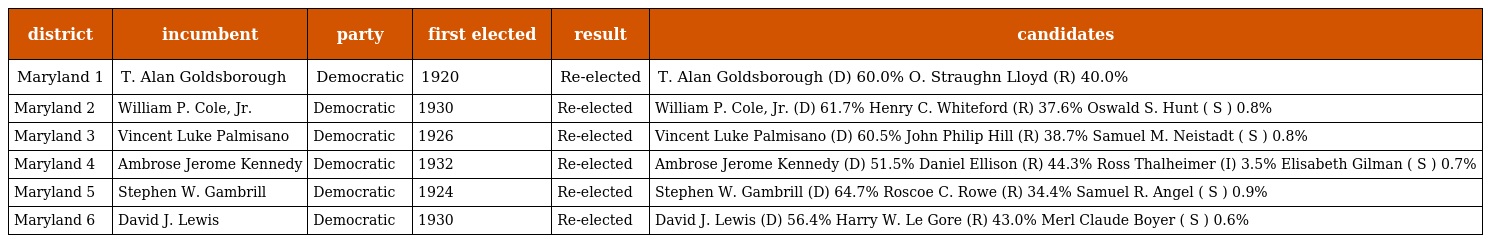
| district | incumbent | party | first elected | result | candidates |
 | --- | --- | --- | --- | --- | --- |
 | Maryland 1 | T. Alan Goldsborough | Democratic | 1920 | Re-elected | T. Alan Goldsborough (D) 60.0% O. Straughn Lloyd (R) 40.0% |
 | Maryland 2 | William P. Cole, Jr. | Democratic | 1930 | Re-elected | William P. Cole, Jr. (D) 61.7% Henry C. Whiteford (R) 37.6% Oswald S. Hunt ( S ) 0.8% |
 | Maryland 3 | Vincent Luke Palmisano | Democratic | 1926 | Re-elected | Vincent Luke Palmisano (D) 60.5% John Philip Hill (R) 38.7% Samuel M. Neistadt ( S ) 0.8% |
 | Maryland 4 | Ambrose Jerome Kennedy | Democratic | 1932 | Re-elected | Ambrose Jerome Kennedy (D) 51.5% Daniel Ellison (R) 44.3% Ross Thalheimer (I) 3.5% Elisabeth Gilman ( S ) 0.7% |
 | Maryland 5 | Stephen W. Gambrill | Democratic | 1924 | Re-elected | Stephen W. Gambrill (D) 64.7% Roscoe C. Rowe (R) 34.4% Samuel R. Angel ( S ) 0.9% |
 | Maryland 6 | David J. Lewis | Democratic | 1930 | Re-elected | David J. Lewis (D) 56.4% Harry W. Le Gore (R) 43.0% Merl Claude Boyer ( S ) 0.6% |